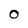
Character: O